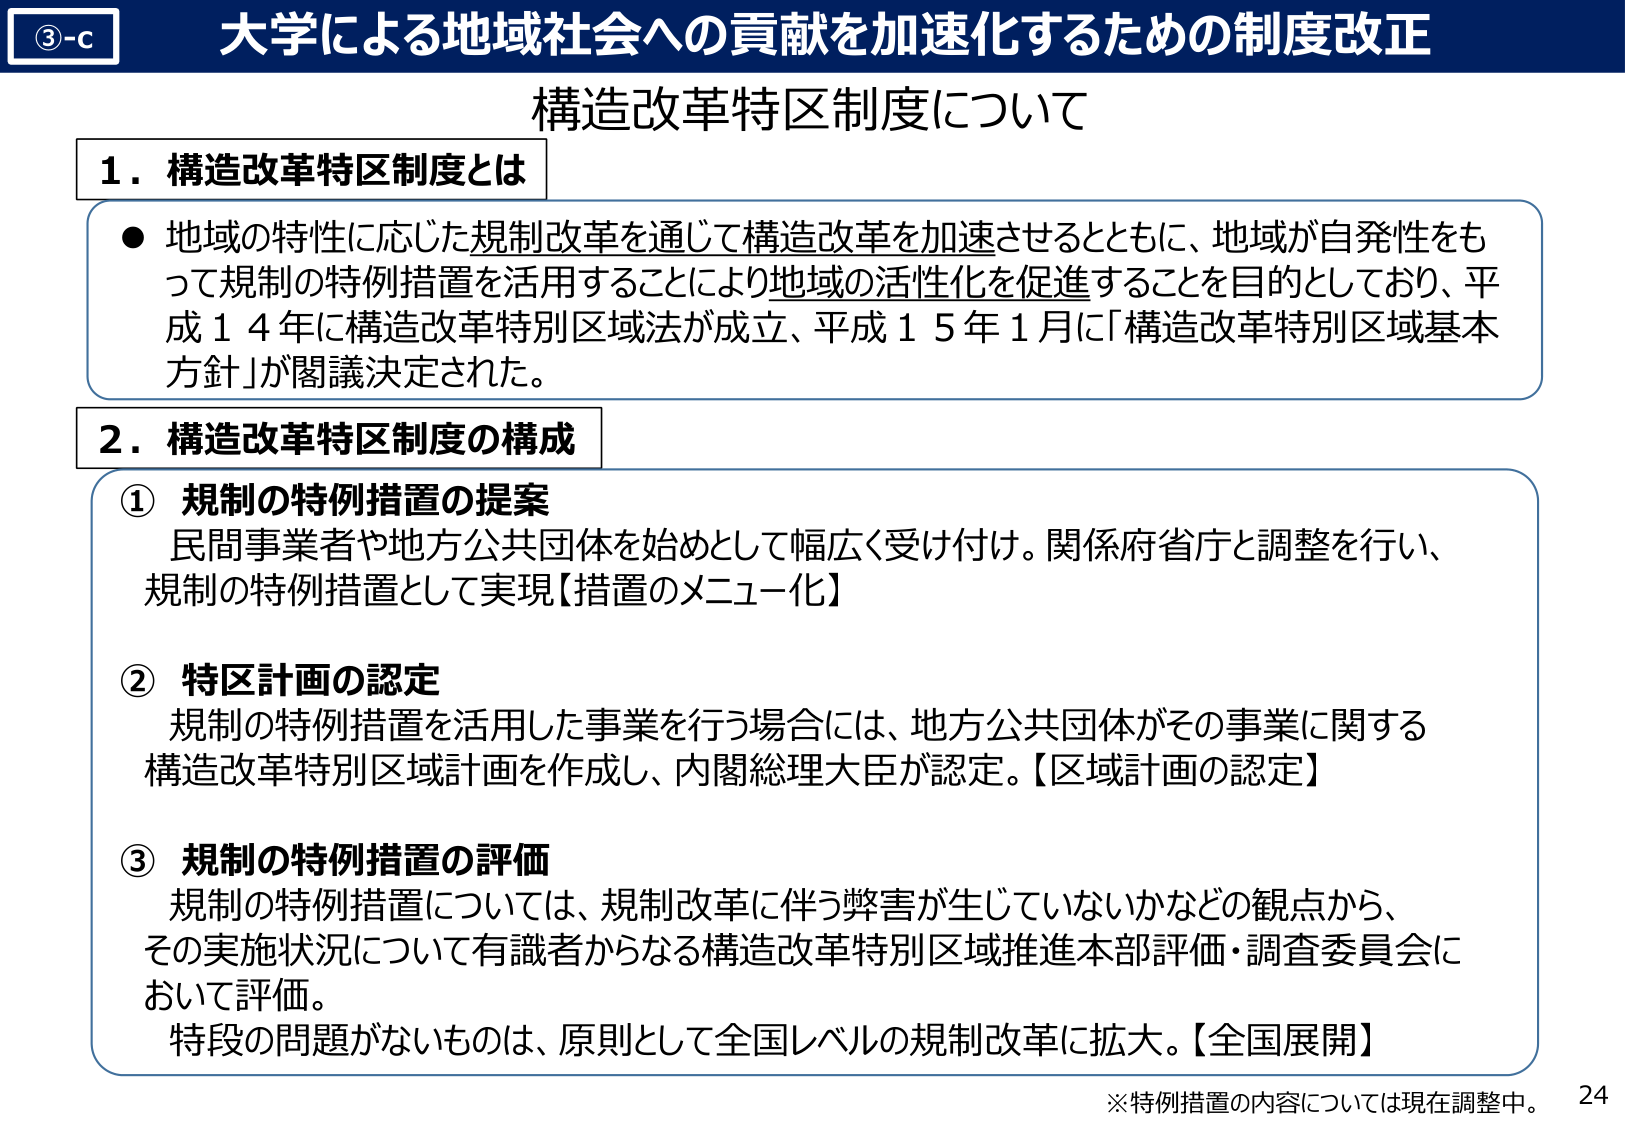
③-c 大学による地域社会への貢献を加速化するための制度改正
構造改革特区制度について

1．構造改革特区制度とは
● 地域の特性に応じた規制改革を通じて構造改革を加速させるとともに、地域が自発性をもって規制の特例措置を活用することにより地域の活性化を促進することを目的としており、平成14年に構造改革特別区域法が成立、平成15年1月に「構造改革特別区域基本方針」が閣議決定された。

2．構造改革特区制度の構成
① 規制の特例措置の提案
民間事業者や地方公共団体を始めとして幅広く受け付け。関係府省庁と調整を行い、規制の特例措置として実現【措置のメニュー化】

② 特区計画の認定
規制の特例措置を活用した事業を行う場合には、地方公共団体がその事業に関する構造改革特別区域計画を作成し、内閣総理大臣が認定。【区域計画の認定】

③ 規制の特例措置の評価
規制の特例措置については、規制改革に伴う弊害が生じていないかなどの観点から、その実施状況について有識者からなる構造改革特別区域推進本部評価・調査委員会において評価。
特段の問題がないものは、原則として全国レベルの規制改革に拡大。【全国展開】

※特例措置の内容については現在調整中。
24